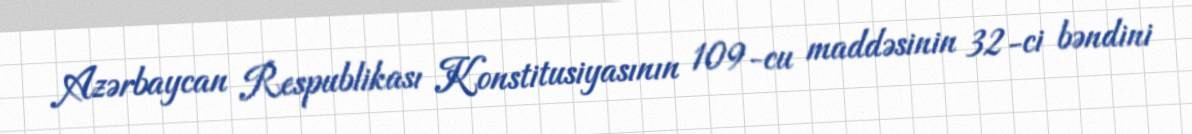
Azərbaycan Respublikası Konstitusiyasının 109-cu maddəsinin 32-ci bəndini